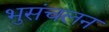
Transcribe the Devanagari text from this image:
भुसंचलन